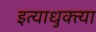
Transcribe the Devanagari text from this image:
इत्याधुक्त्या